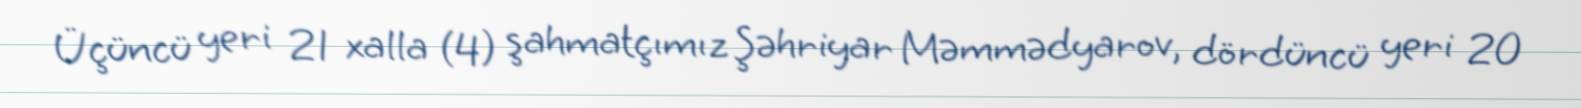
Üçüncü yeri 21 xalla (4) şahmatçımız Şəhriyar Məmmədyarov, dördüncü yeri 20